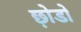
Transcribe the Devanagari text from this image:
छ़ोडो